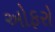
ઓફરો